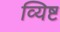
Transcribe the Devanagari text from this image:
व्यिष्ट